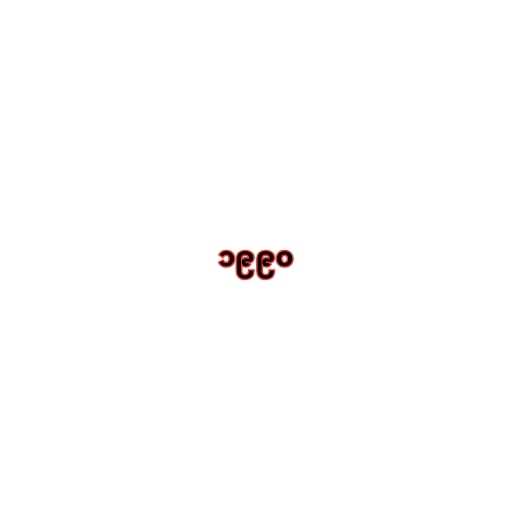
၁၉၉၀